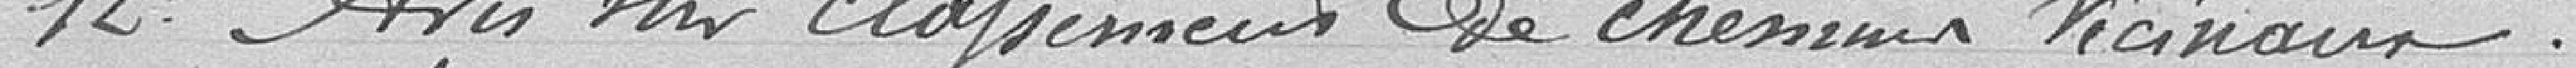
12° Avis sur classement de chemins vicinaux